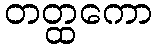
တတ္ထကော